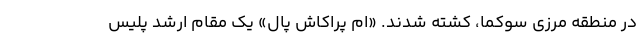
در منطقه مرزی سوکما، کشته شدند. «ام پراکاش پال» یک مقام ارشد پلیس